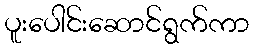
ပူးပေါင်းဆောင်ရွက်ကာ